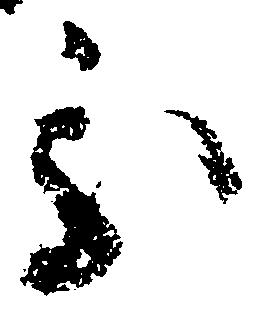
処